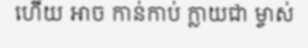
ហើយ អាច កាន់កាប់ ក្លាយជា ម្ចាស់